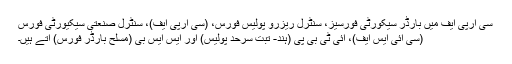
سی آرپی ایف میں بارڈر سیکورٹی فورسیز، سنٹرل ریزرو پولیس فورس، (سی آرپی ایف)، سنٹرل صنعتی سیکیورٹی فورس
(سی آئی ایس ایف)، آئی ٹی بی پی (ہند- تبت سرحد پولیس) اور ایس ایس بی (مسلح بارڈر فورس) آتے ہیں۔